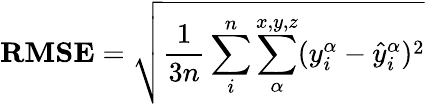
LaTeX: \mathbf{RMSE}=\sqrt{\frac{1}{3n}\sum_{i}^{n}\sum_{\alpha}^{x,y,z}(y_{i}^{\alpha}-\hat{y}_{i}^{\alpha})^{2}}